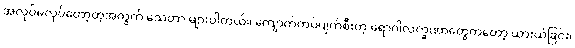
အလုပ်မလုပ်တော့တဲ့အတွက် သေတာ များပါတယ်။ ကျောက်ကပ်ပျက်စီးတဲ့ ရောဂါလက္ခဏာတွေကတော့ ယားယံခြင်း၊